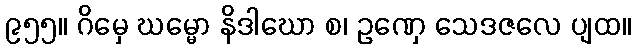
၉၅၅။ ဂိမှေ ဃမ္မော နိဒါဃော စ၊ ဥဏှေ သေဒဇလေ ပျထ။